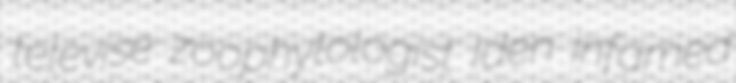
televise zoophytologist Iden infamed